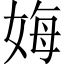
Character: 娒